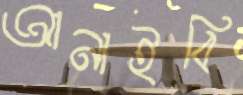
আনাইবি